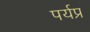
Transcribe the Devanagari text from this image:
पर्यप्र